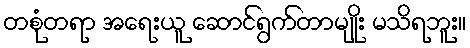
တစုံတရာ အရေးယူ ဆောင်ရွက်တာမျိုး မသိရဘူး။